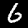
Digit: 6